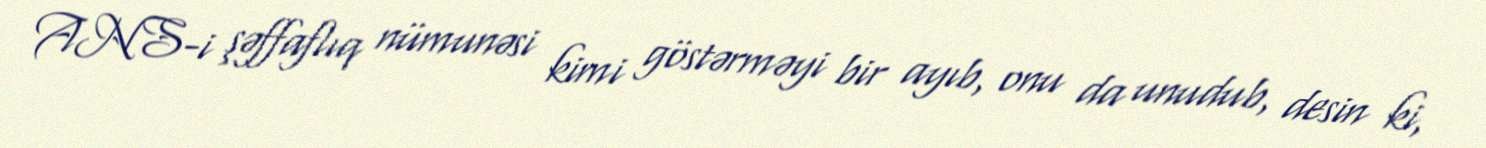
ANS-i şəffaflıq nümunəsi kimi göstərməyi bir ayıb, onu da unudub, desin ki,